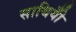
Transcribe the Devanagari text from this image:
साथियोँ